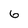
Character: 6